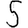
Digit: 5